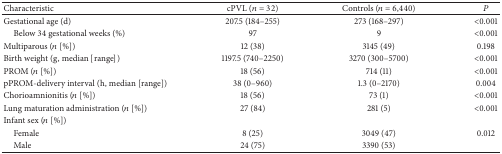
| Characteristic | cPVL (n = 32) | Controls (n = 6,440) | P |
 | --- | --- | --- | --- |
 | Gestational age (d) | 207.5 (184–255) | 273 (168–297) | <0.001 |
 | Below 34 gestational weeks (%) | 97 | 9 | <0.001 |
 | Multiparous (n [%]) | 12 (38) | 3145 (49) | 0.198 |
 | Birth weight (g, median [range]) | 1197.5 (740–2250) | 3270 (300–5700) | <0.001 |
 | PROM (n [%]) | 18 (56) | 714 (11) | <0.001 |
 | pPROM-delivery interval (h, median [range]) | 38 (0–960) | 1.3 (0–2170) | 0.004 |
 | Chorioamnionitis (n [%]) | 18 (56) | 73 (1) | <0.001 |
 | Lung maturation administration (n [%]) | 27 (84) | 281 (5) | <0.001 |
 | Infant sex (n [%]) |  |  |  |
 | Female | 8 (25) | 3049 (47) | 0.012 |
 | Male | 24 (75) | 3390 (53) |  |